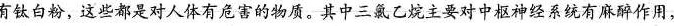
有钛白粉，这些都是对人体有危害的物质。其中三氯乙烷主要对中枢神经系统有麻醉作用，